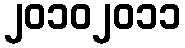
၂၀၁၀၂၀၁၁